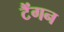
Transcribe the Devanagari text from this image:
टैंगन